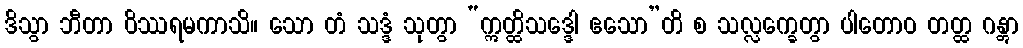
ဒိသွာ ဘီတာ ဝိဿရမကာသိ။ သော တံ သဒ္ဒံ သုတွာ “ဣတ္ထိသဒ္ဒေါ ဧသော”တိ စ သလ္လက္ခေတွာ ပါတောဝ တတ္ထ ဂန္တွာ